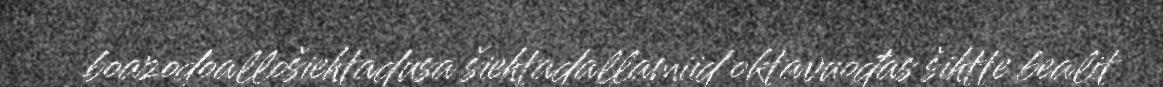
boazodoallošiehtadusa šiehtadallamiid oktavuođas šihtte bealit